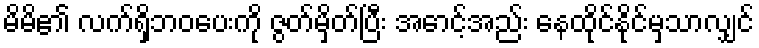
မိမိ၏ လက်ရှိဘဝပေးကို ဇွတ်မှိတ်ပြီး အောင့်အည်း နေထိုင်နိုင်မှသာလျှင်